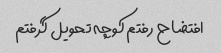
افتضاح رفتم کوچه تحویل گرفتم